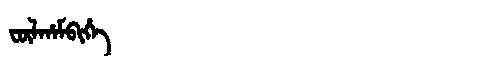
Manchu: ᡶᡡᠯᡥᠠᠮᠪᡳᡥᡝ
Romanization: FŪLHAMBIHE